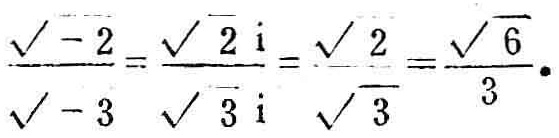
\(\frac{\sqrt{-2}}{\sqrt{-3}}=\frac{\sqrt{2}\mathrm{i}}{\sqrt{3}\mathrm{i}}=\frac{\sqrt{2}}{\sqrt{3}}=\frac{\sqrt{6}}{3}.\)